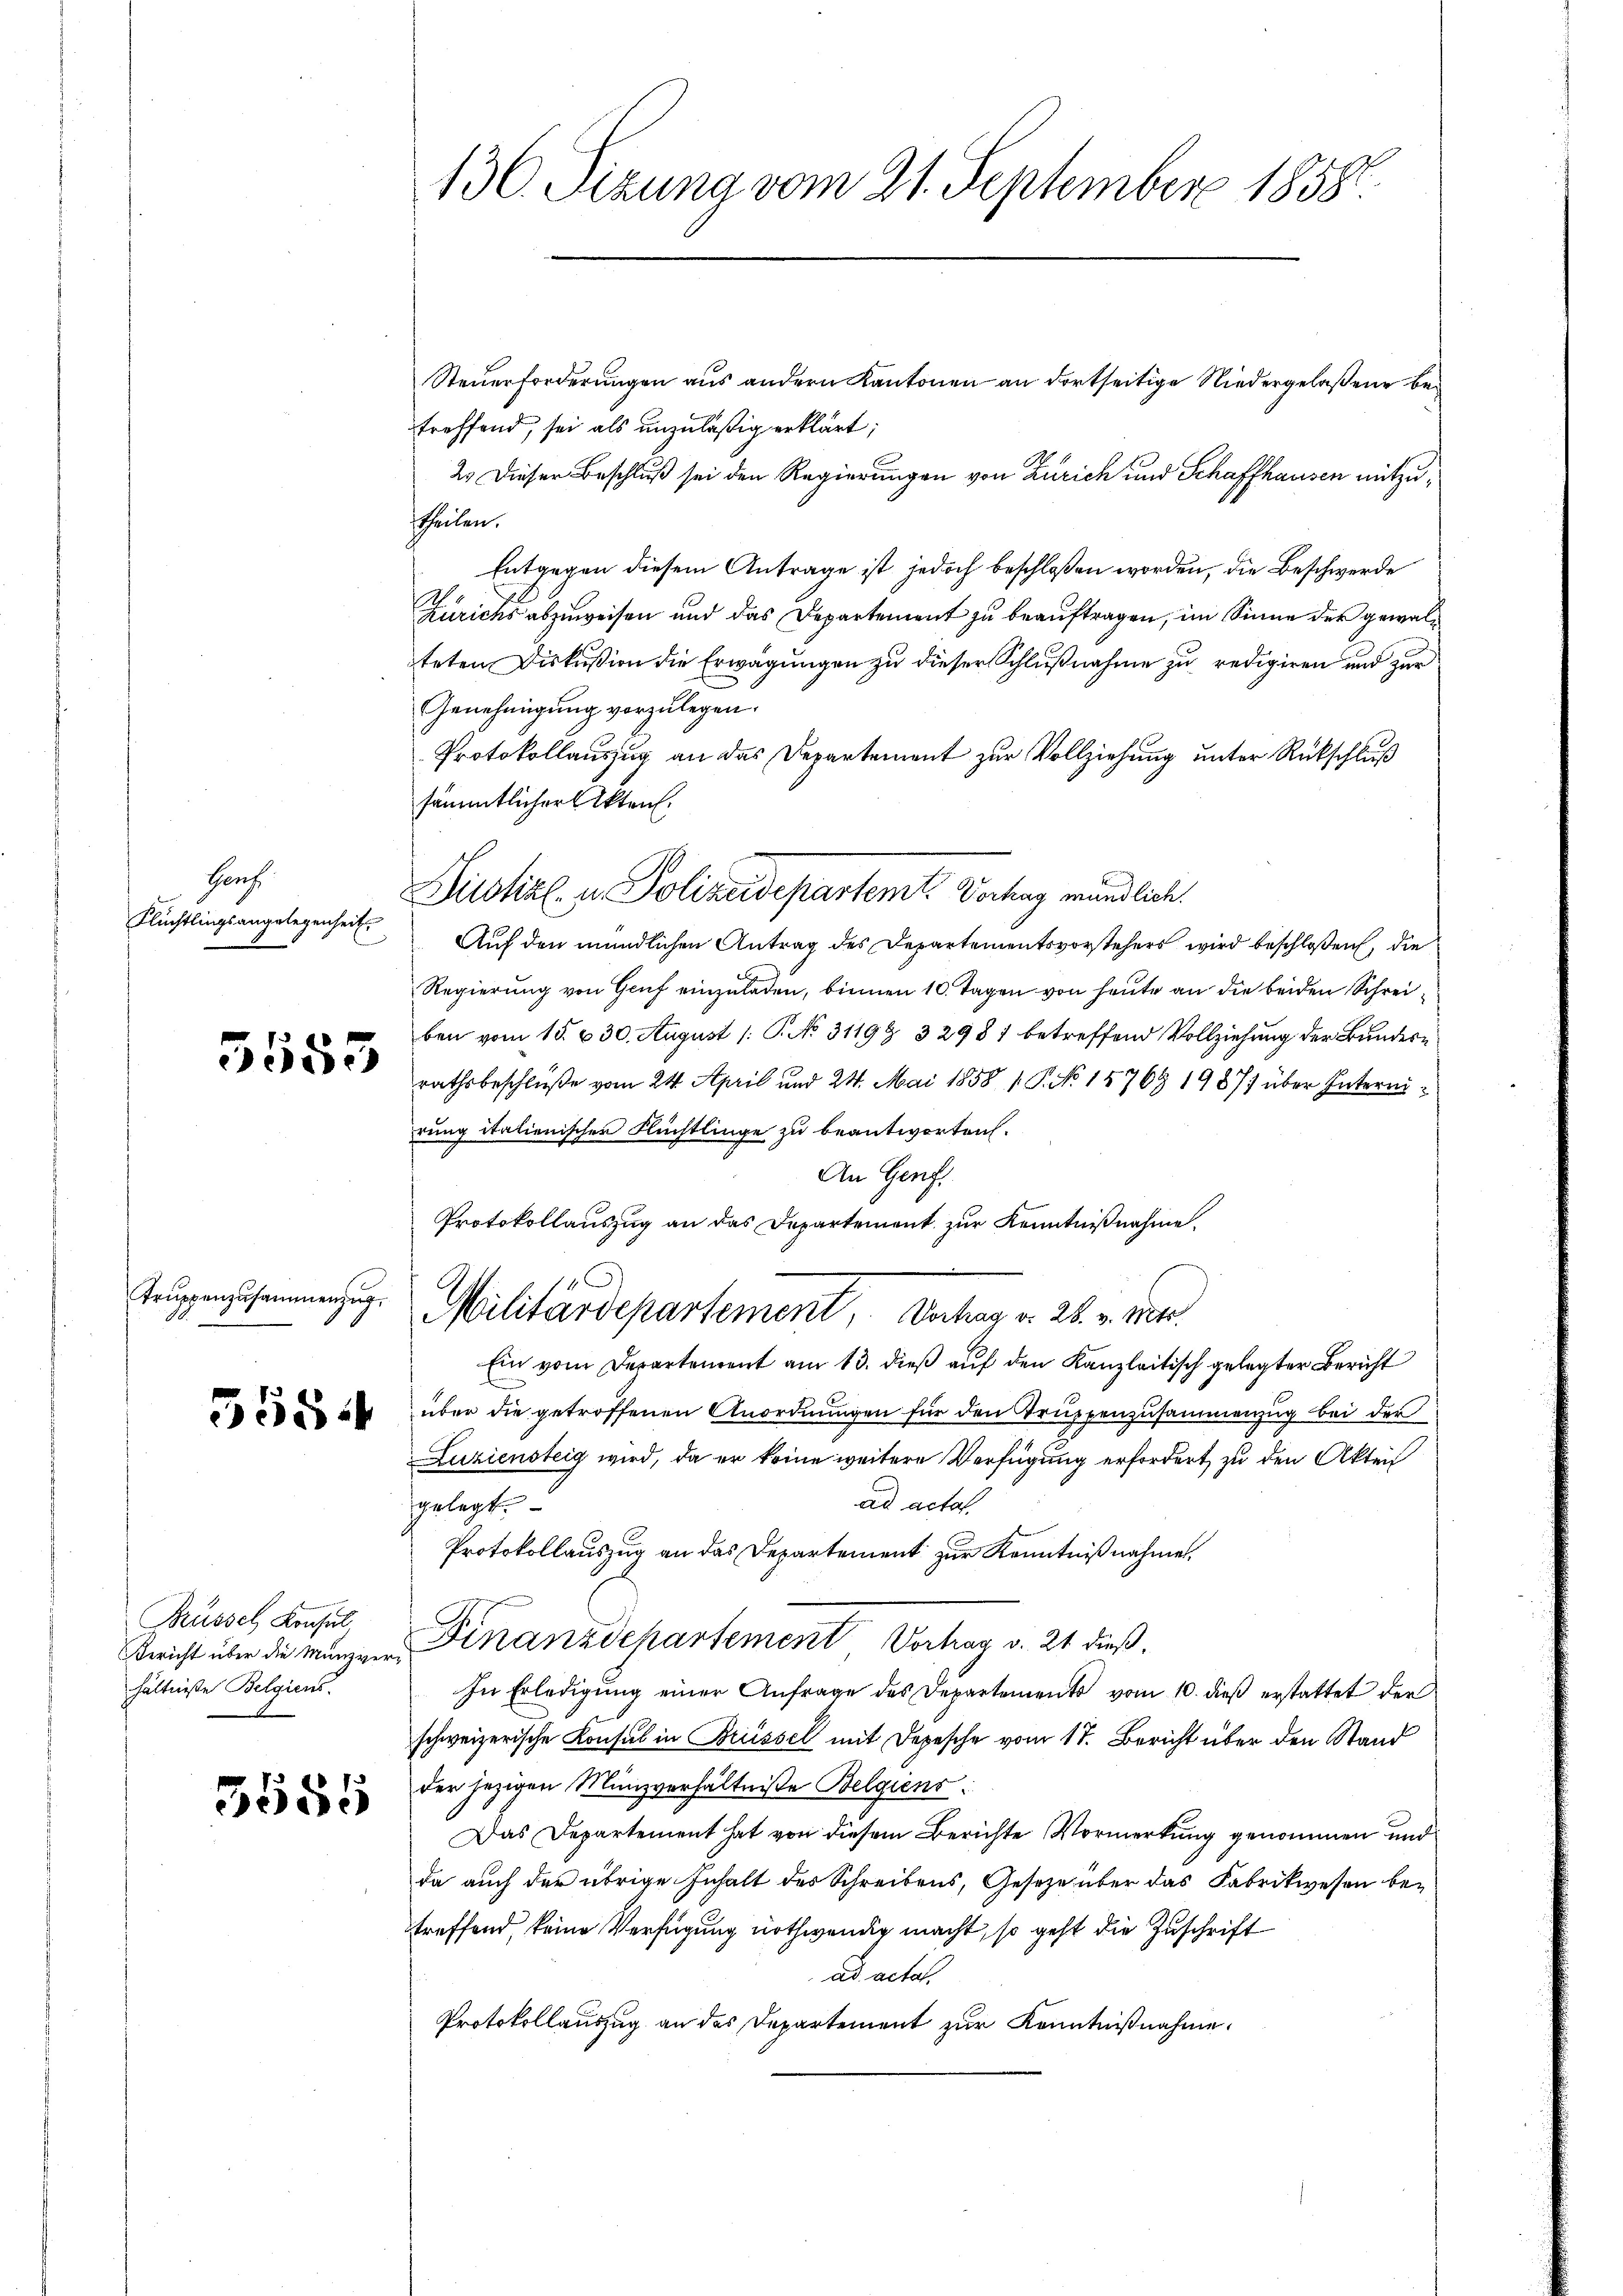
Horh
Flüchtlingsangelegenheit.

5553

trŭppenzusammenzug.

5584

Krüssel Konsul
hältniße Belgiens.

3585

130. Sizung vom 21. September 1858.

treffend, sei als unzuläßig erklärt;
2.) Dieser Beschluß sei den Regierungen von Zürich und Schaffhausen mitzuttheilen.
Entgegen diesem Antrage ist jedoch beschloßen worden, die Beschwerde
Zürichs abzuweisen und das Departement zu beauftragen, im Sinne der gewalteten Diskußion die Erwägungen zu dieser Schlußnahme zu redigiren und zur
Genehmigung vorzulegen.
Protokollauszug an das Departement zur Vollziehung unter Rückschluß
sämmtlicher Akten.
Regierung von Genf einzuladen, binnen 10. Tagen von heute an die beiden Schreiben vom 15. & 30. August /: P. No 3119 & 32981 betreffend Vollziehung der Bundesrathsbeschluße vom 24. April und 24. Mai 1858 1. P. No. 15768 1987 über Intermirung italienischen Flüchtlinge zu beantworten.
An Genf.
Protokollauszug an das Departement zur Kenntnißnahme.
Militärdepartement, Vertrag v. 28. v. Betr.
Ein vom Derartement am 13. dieß auf den Kanzleitisch gelegter Bericht
über die getroffenen Anordnŭngen für den Trŭppenzusammenzug bei der
Luziensteig wird, da er keine weitere Verfügung erfordert zu den Akten
ad acta
gelegt.
Protokollauszug an das Departement zur Kenntnißnahmen.
Bericht über die Mangen Finanzdepartement Vortrag v. 21 dieß
In Erledigŭng einer Anfrage des Departements vom 10. dieß erstattet der
schweizerische Consul in Brüssel mit Depesche vom 17. Bericht über den Stand
der jezigen Münzverhältniße Belgiens:
Das Departement hat von diesem Berichte Vormerkung genommen und
da auch der übrige Inhalt des Schreibens, Gesetze über das Fabrikwesen betreffend, keine Verfügung nothwendig macht, so geht die Zuschrift
ad actat.
Protokollauszug an des Departement zur Kenntnißnahme.

Zustiz- u. Polizeidepartemt. Vorhag mündlich.
Auf den mündlichen Antrag des Departementsvorstehers wird beschloßen, die

Steuerforderungen aus andern Kantonen an dortseitige Niedergelaßene be¬